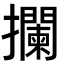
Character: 攔